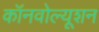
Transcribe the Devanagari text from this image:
कॉनवोल्यूशन